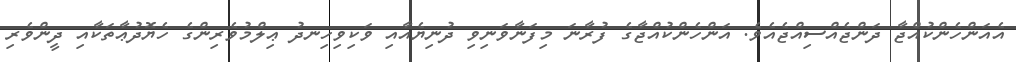
އެއަންހެންކުއްޖާ ދަންޖެއްސިއްޖެއެވެ. އަންހެންކުއްޖާގެ ފުރާނަ މިފަނާވަނިވި ދުނިޔެއާއި ވަކިވިހިނދު ޢިލްމުވެރިންގެ ހެޔޮދުޢާތަކާއި ދީންވެރި